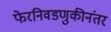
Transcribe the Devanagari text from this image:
फेरनिवडणुकीनंतर